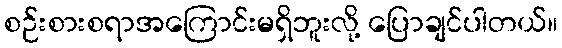
စဉ်းစားစရာအကြောင်းမရှိဘူးလို့ ပြောချင်ပါတယ်။